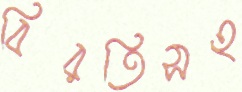
বিরতিসহ